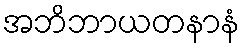
အဘိဘာယတနာနံ